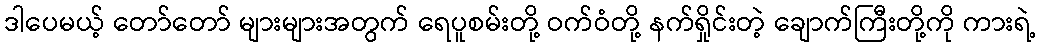
ဒါပေမယ့် တော်တော် များများအတွက် ရေပူစမ်းတို့ ဝက်ဝံတို့ နက်ရှိုင်းတဲ့ ချောက်ကြီးတို့ကို ကားရဲ့